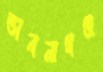
ভাবনাগঞ্জ